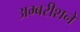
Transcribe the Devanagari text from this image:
अम्बरीशने